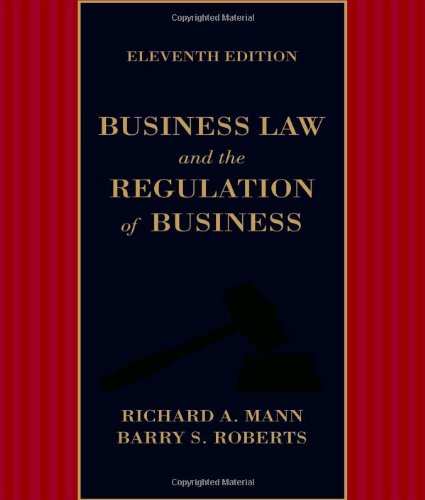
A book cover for Business Law and the Regulation of Business; Richard A. Mann; Law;